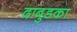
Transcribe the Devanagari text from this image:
दाबुडका